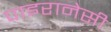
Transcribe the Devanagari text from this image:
पाइरानेसी